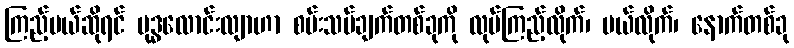
ကြည့်မယ်ဆိုရင် ဗုဒ္ဓလောင်းလျာဟာ စမ်းသပ်ချက်တစ်ခုကို လုပ်ကြည့်လိုက်၊ ပယ်လိုက်၊ နောက်တစ်ခု